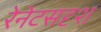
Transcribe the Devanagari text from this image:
रेनेटसदृश